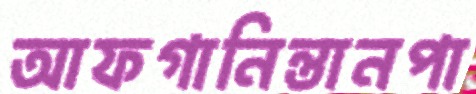
আফগানিন্তানপা